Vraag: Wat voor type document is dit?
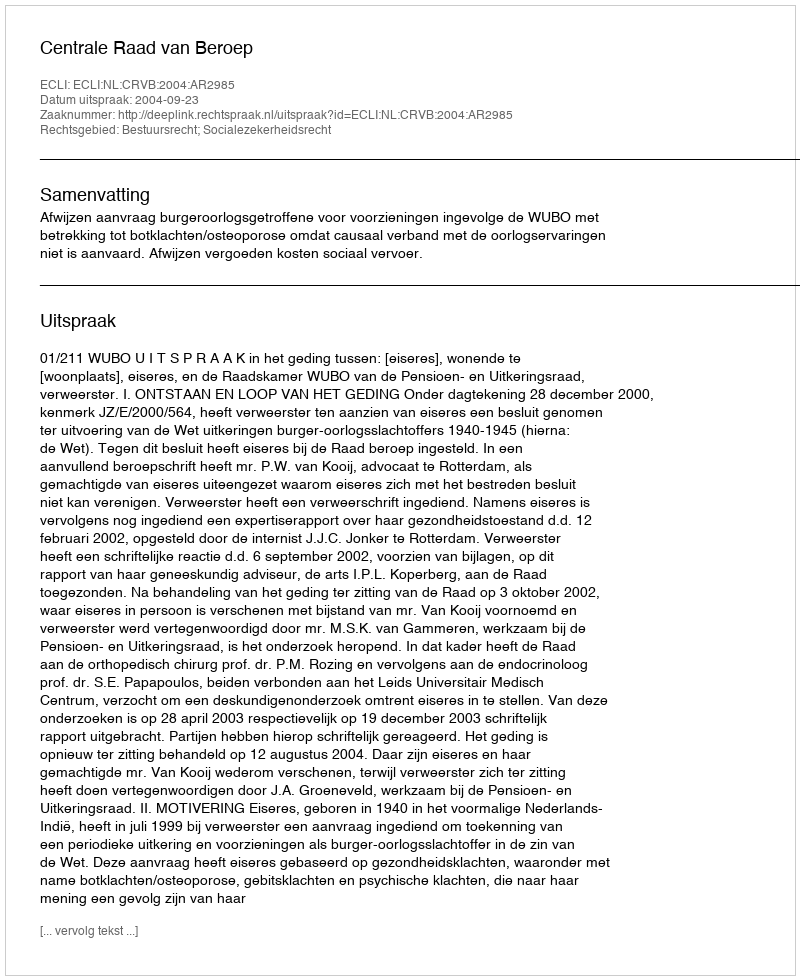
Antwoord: Uitspraak